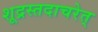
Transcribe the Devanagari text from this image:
शूद्रस्तदाचरेत्